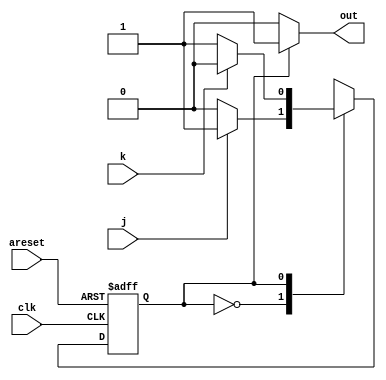
module top_module(
    input clk,
    input areset,    // Asynchronous reset to OFF
    input j,
    input k,
    output reg out); //  

// parameter
parameter OFF = 1'b0;
parameter ON = 1'b1;

// signal declaration
reg present_state;
reg next_state;

// sequential logic state transition
always @(posedge clk or posedge areset)
begin
    if(areset)
        present_state <= OFF;
    else
        present_state <= next_state;
end

// combinational logic state transition
always @(*)
begin
    case(present_state)
        OFF:
            if(j)
                next_state = ON;
            else
                next_state = OFF;
        ON: 
            if(k)
                next_state = OFF;
            else
                next_state = ON;
        default: next_state = 1'bx;
    endcase
end

// combinational logic output
always @(*)
begin
    if(present_state == OFF)
        out = 0;
    else
        out = 1;
end

endmodule